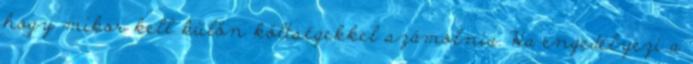
hogy mikor kell külön költségekkel számolnia. Ha engedélyezi a